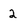
Character: 2